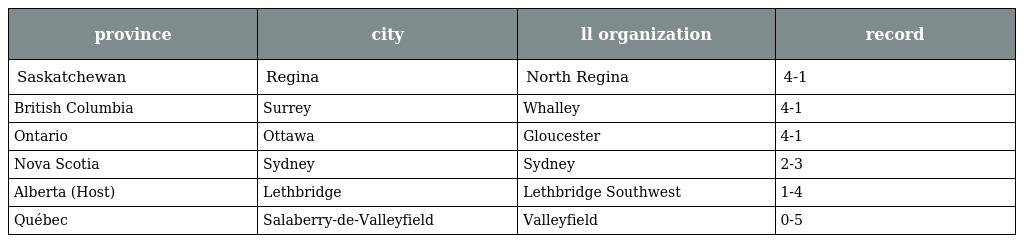
| province | city | ll organization | record |
 | --- | --- | --- | --- |
 | Saskatchewan | Regina | North Regina | 4-1 |
 | British Columbia | Surrey | Whalley | 4-1 |
 | Ontario | Ottawa | Gloucester | 4-1 |
 | Nova Scotia | Sydney | Sydney | 2-3 |
 | Alberta (Host) | Lethbridge | Lethbridge Southwest | 1-4 |
 | Québec | Salaberry-de-Valleyfield | Valleyfield | 0-5 |